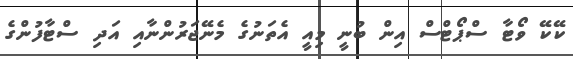
ކޭކޭ ވޯޓާ ސްޕޯޓްސް އިން ބުނީ މިއީ އެތަނުގެ މެނޭޖަރުންނާއި އަދި ސްޓާފުންގެ